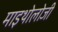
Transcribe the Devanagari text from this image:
माइथोलोजी